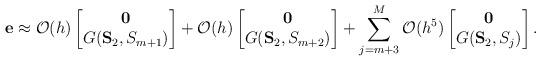
LaTeX: \begin{align*}\begin{aligned} \mathbf e &\approx \mathcal O(h)\begin{bmatrix}\mathbf 0\\G(\mathbf S_2, S_{m+1})\end{bmatrix} + \mathcal O(h)\begin{bmatrix}\mathbf 0\\G(\mathbf S_2, S_{m+2})\end{bmatrix} + \sum_{j=m+3}^M\mathcal O(h^5)\begin{bmatrix}\mathbf 0\\G(\mathbf S_2, S_{j})\end{bmatrix}.\end{aligned}\end{align*}